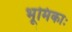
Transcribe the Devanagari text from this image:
भूमिकाः